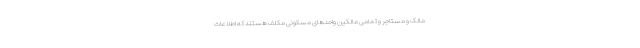
مالک و مستاجر و تمامی مالکین واحدهای مسکونی مکلف هستند که اطلاعات